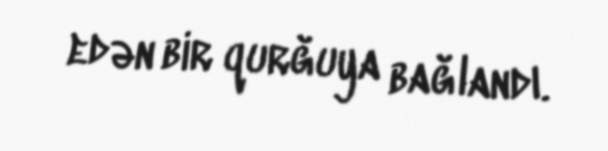
edən bir qurğuya bağlandı.